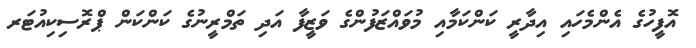
އޮފީހުގެ އެންމެހައި އިދާރީ ކަންކަމާއި މުވައްޒަފުންގެ ވަޒީފާ އަދި ތަމްރީނުގެ ކަންކަން ޕްރޮސިކިއުޓަރ